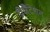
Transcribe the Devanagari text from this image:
प्रेजैंटेशन